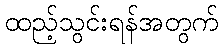
ထည့်သွင်းရန်အတွက်